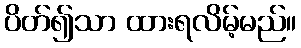
ပိတ်၍သာ ထားရလိမ့်မည်။